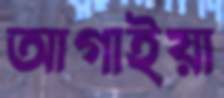
আগাইয়া